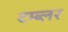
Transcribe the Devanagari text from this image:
टम्ब्लर